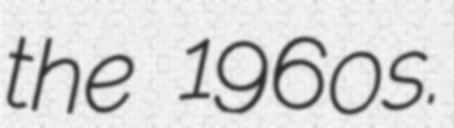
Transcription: the 1960s.